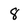
Character: 8